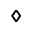
\diamond